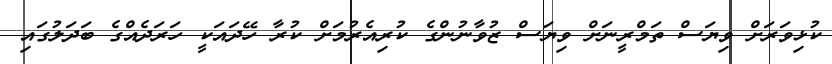
ކުޅިވަރަށް ވިޔަސް ތަމްރީނަށް ވިޔަސް ޒުވާނުންގެ ކުރިއެރުމަށް ކުރާ ހޭދައަކީ ހަރަދެއްގެ ބަދަލުގައި